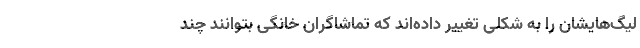
لیگ‌هایشان را به شکلی تغییر داده‌اند که تماشاگران خانگی بتوانند چند